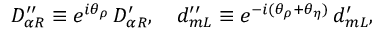
D _ { \alpha R } ^ { \prime \prime } \equiv e ^ { i \theta _ { \rho } } \, D _ { \alpha R } ^ { \prime } , \quad d _ { m L } ^ { \prime \prime } \equiv e ^ { - i ( \theta _ { \rho } + \theta _ { \eta } ) } \, d _ { m L } ^ { \prime } ,